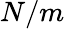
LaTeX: N/m